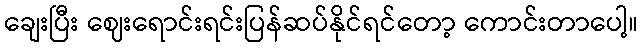
ချေးပြီး ဈေးရောင်းရင်းပြန်ဆပ်နိုင်ရင်တော့ ကောင်းတာပေါ့။